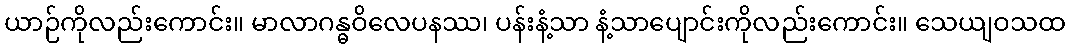
ယာဉ်ကိုလည်းကောင်း။ မာလာဂန္ဓဝိလေပနဿ၊ ပန်းနံ့သာ နံ့သာပျောင်းကိုလည်းကောင်း။ သေယျဝသထ